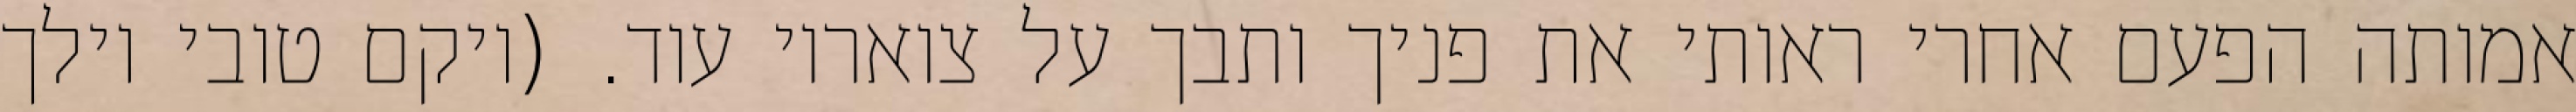
אמותה הפעם אחרי ראותי את פניך ותבך על צואריו עוד. (ויקם טובי וילך